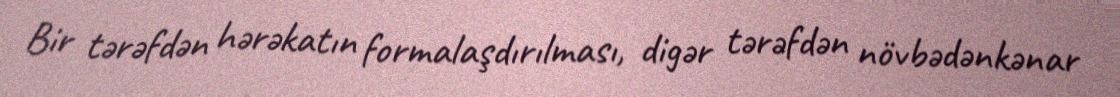
Bir tərəfdən hərəkatın formalaşdırılması, digər tərəfdən növbədənkənar